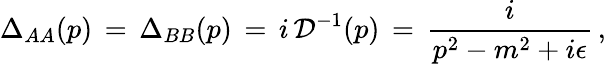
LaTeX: \Delta_{AA}(p)\, =\, \Delta_{BB}(p)\, =\, i\, {\cal D}^{-1}(p)\, =\, \frac{i}{p^{2}-m^{2}+i\epsilon}\, ,